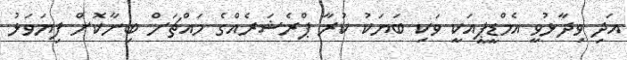
އަދި ވިދާޅުވީ އެމްޑީޕީއަކީ ވަކި ބަޔަކު ކުރާ ޕްރެޝަރެއްގެ މައްޗަށް ބިނާކޮށް ފިޔަވަޅު